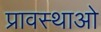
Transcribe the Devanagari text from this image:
प्रावस्थाओ